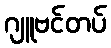
ဂျူဗင်တပ်